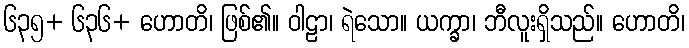
၆၃၅+ ၆၃၆+ ဟောတိ၊ ဖြစ်၏။ ဝါဠာ၊ ရဲသော။ ယက္ခာ၊ ဘီလူးရှိသည်။ ဟောတိ၊